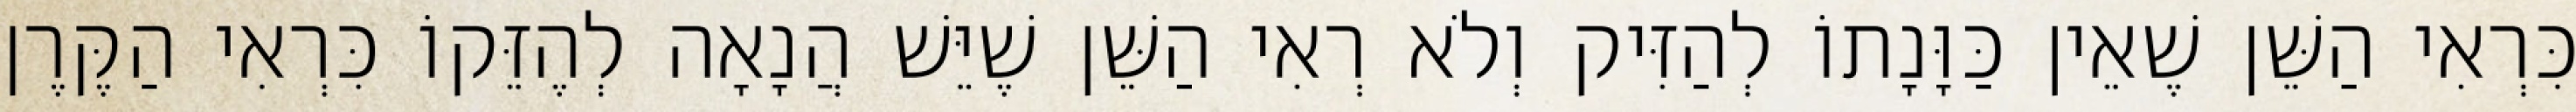
כִּרְאִי הַשֵּׁן שֶׁאֵין כַּוָּנָתוֹ לְהַזִּיק וְלֹא רְאִי הַשֵּׁן שֶׁיֵּשׁ הֲנָאָה לְהֶזֵּקוֹ כִּרְאִי הַקֶּרֶן